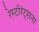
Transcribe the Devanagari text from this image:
रेस्टॉरंट्सना